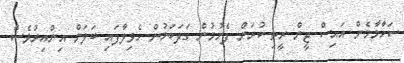
ސަހާމާމެން އައިސް ޖީން ރީތި ކުރަން ފެށުމުން ގަދަކަމުން ހެވިލާފައި ބަލަން އިންއިރުވެސް